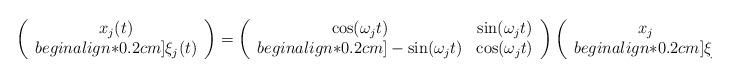
LaTeX: \begin{align*}\left( \begin{array}{c} x_j(t) \\begin{align*}0.2cm]\xi_j(t) \end{array} \right) = \left( \begin{array}{cc}\cos( \omega_j t) & \sin(\omega_j t) \\begin{align*}0.2cm]- \sin(\omega_j t) & \cos(\omega_j t) \end{array}\right) \left( \begin{array}{c} x_j \\begin{align*}0.2cm]\xi_j \end{array} \right), j=1, \ldots , d.\end{align*}